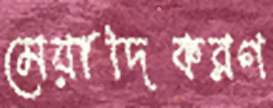
মেয়াদিকরণ